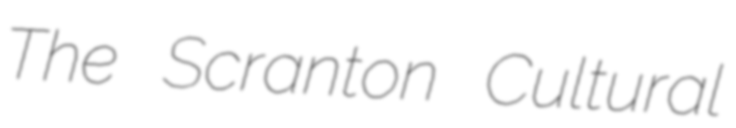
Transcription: The Scranton Cultural